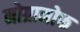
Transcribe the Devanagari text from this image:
नोग्रामोफ